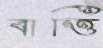
বাত্তি